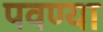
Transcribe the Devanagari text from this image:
पवण्या